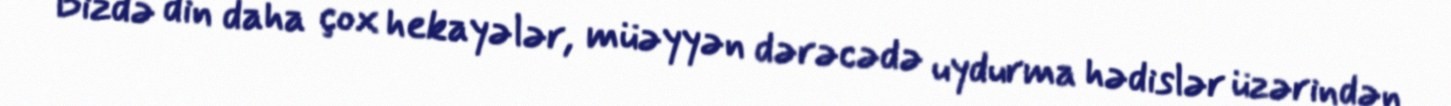
Bizdə din daha çox hekayələr, müəyyən dərəcədə uydurma hədislər üzərindən